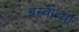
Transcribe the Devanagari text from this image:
बस्बीच्या